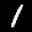
Label: 1